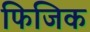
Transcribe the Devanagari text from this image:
फिजिक